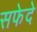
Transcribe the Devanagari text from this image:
सफेदे